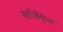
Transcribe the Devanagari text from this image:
सार्जियेन्ट